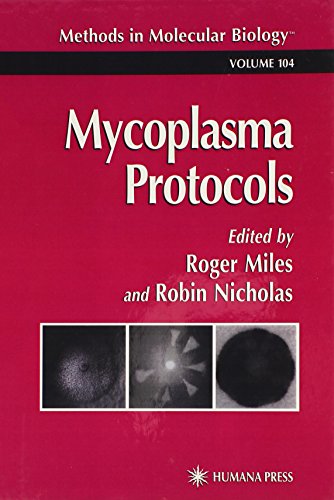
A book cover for Mycoplasma Protocols (Methods in Molecular Biology); Medical Books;